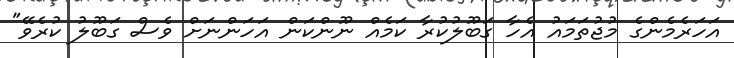
އަހަރެމެންގެ މުޖުތަމައު އެހާ ގަބޫލުކުރާ ކަމެއް ނޫންކަން އަހަންނަށް ވެސް ގަބޫލު ކުރެވޭ"